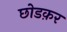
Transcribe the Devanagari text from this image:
छोडक़र